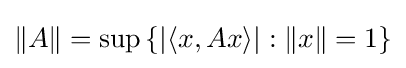
\left\|A\right\|=\sup \left\{|\langle x,Ax\rangle |:\|x\|=1\right\}